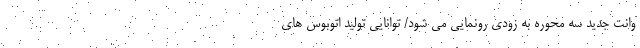
وانت جدید سه محوره به زودی رونمایی می شود/ توانایی تولید اتوبوس های